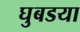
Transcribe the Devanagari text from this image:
घुबडया